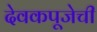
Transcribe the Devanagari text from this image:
देवकपूजेची